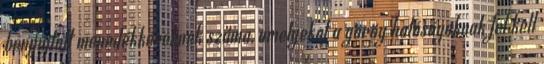
benyújtott menedékkérelmek száma, amelyeket a görög hatóságoknak fel kell